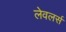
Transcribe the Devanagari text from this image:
लेवलर्स